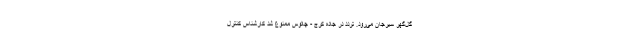
گل‌گهر سیرجان می‌رود. تردد در جاده کرج - چالوس ممنوع شد کارشناس کنترل